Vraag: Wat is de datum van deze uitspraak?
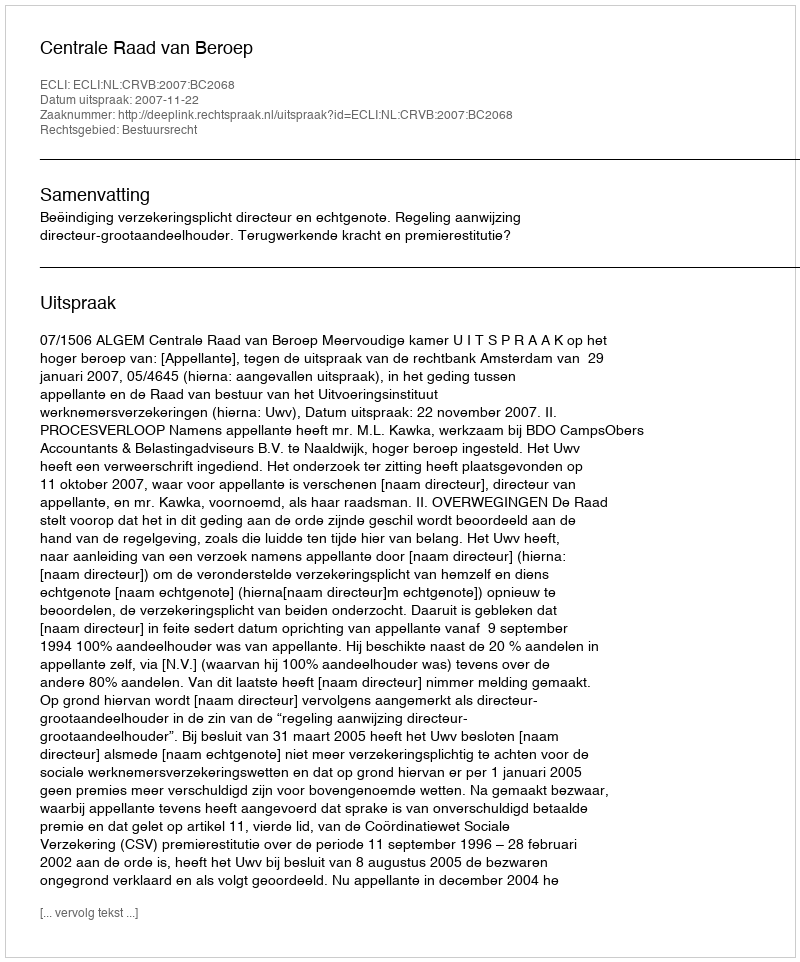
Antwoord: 2007-11-22